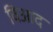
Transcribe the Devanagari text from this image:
विआद